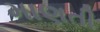
માણતી